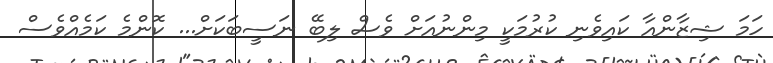
ހަމަ ޝިޒާންއާ ކައިވެނި ކުރުމަކީ މިންނުއަށް ވެސް ލިބޭ ނަސީބަކަށް... ކޮންމެ ކަމެއްވެސް